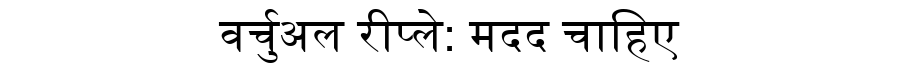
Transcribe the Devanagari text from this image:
वर्चुअल रीप्ले: मदद चाहिए